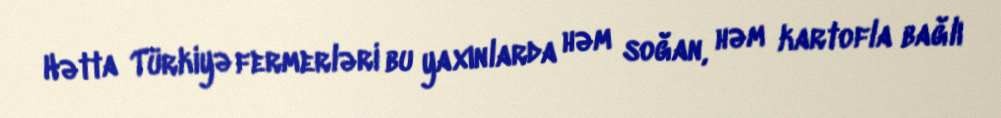
Hətta Türkiyə fermerləri bu yaxınlarda həm soğan, həm kartofla bağlı